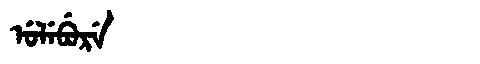
Manchu: ᡠᠯᡝᠪᡠᡵᡝ
Romanization: ULEBURE